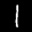
Label: 1